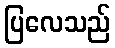
ပြလေသည်